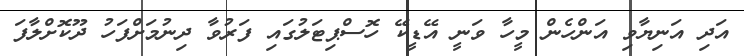
އަދި އަނިޔާވި އަންހެން މީހާ ވަނީ އޭޑީކޭ ހޮސްޕިޓަލުގައި ފަރުވާ ދިނުމަށްފަހު ދޫކޮށްލާފަ